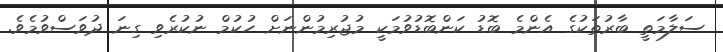
ސަލާމަތީ ބާރުތަކުގެ އެންމެ ބޮޑު ކަންބޮޑުވުމަކީ މުޖުރިމުންނަށް ހުކުމް ނުކުރެވި ގިނަ ދުވަސްވުމެވެ.